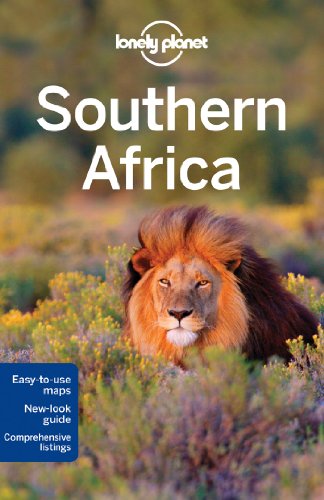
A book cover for Lonely Planet Southern Africa (Travel Guide); Lonely Planet; Travel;